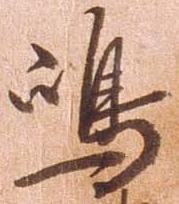
島